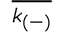
\overline { { k _ { ( - ) } } }